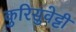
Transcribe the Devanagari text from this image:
कुरिसुवेट्टी